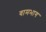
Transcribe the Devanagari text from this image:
वामभाग